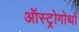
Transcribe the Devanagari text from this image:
ऑस्ट्रोगोथों